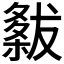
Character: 𭫭